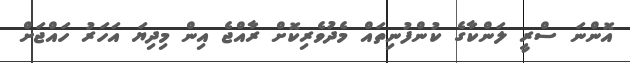
އޮންނަ ސްރީ ލަންކާގެ ކުންފުނިތައް މެދުވެރިކޮށް ރާއްޖެ އިން މިދިޔަ އަަހަރު ހައްޖަށް